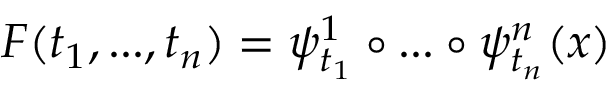
F ( t _ { 1 } , . . . , t _ { n } ) = \psi _ { t _ { 1 } } ^ { 1 } \circ . . . \circ \psi _ { t _ { n } } ^ { n } ( x )